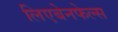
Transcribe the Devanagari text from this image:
लिएबेनफेल्स